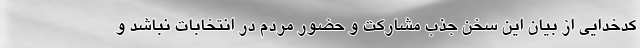
کدخدایی از بیان این سخن جذب مشارکت و حضور مردم در انتخابات نباشد و